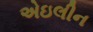
એઇલીન